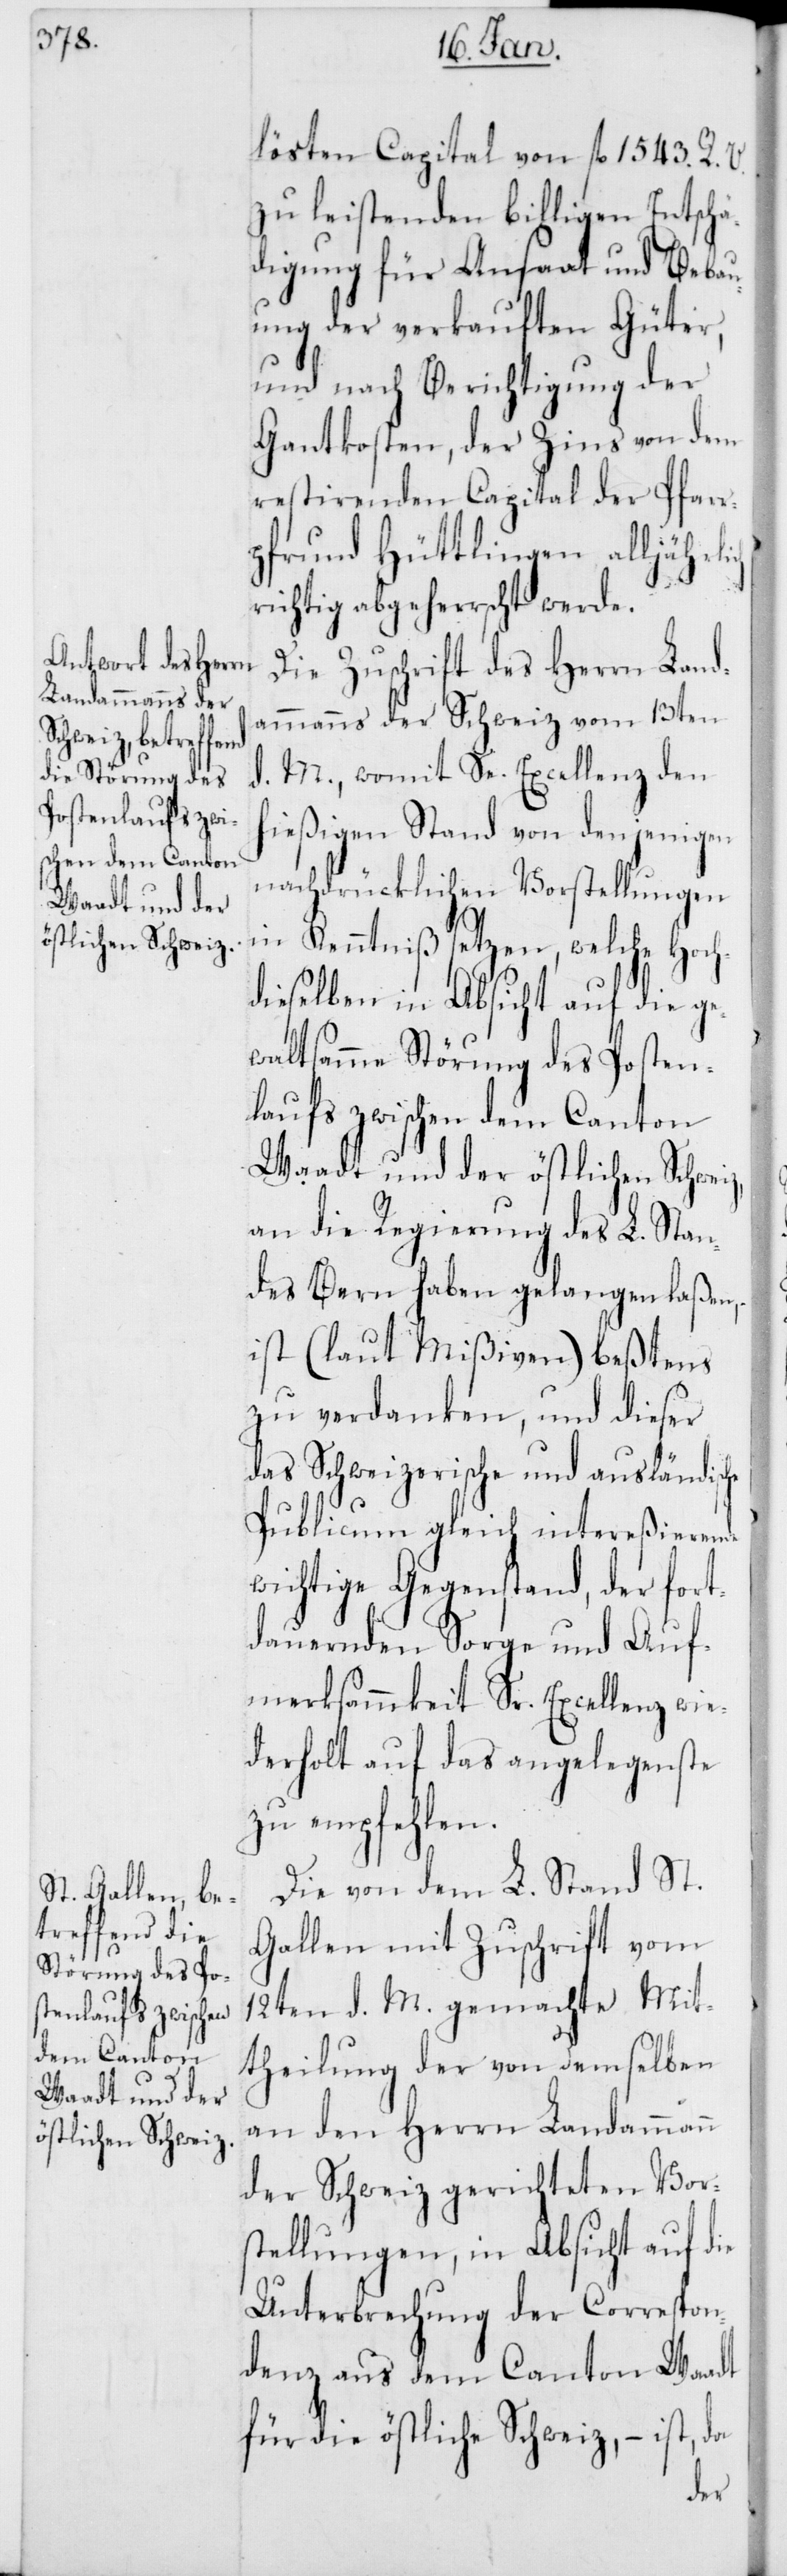
Waadt und der
östlichen Schweiz,

lösten Capital von fl. 1543. R. V.
zu leistenden billigen Entschä¬
digung für Ansaat und Bebau¬
ung der verkauften Güter,
und nach Berichtigung der
Gantkosten, der Zins von dem
restierenden Capital der Pfarr¬
pfrund Hüttlingen alljährlich
richtig abgeherrscht werde.
Die Zuschrift des Herrn Land¬
ammanns der Schweiz vom 13ten
d. M., womit Se. Excellenz den
hießigen Stand von denjenigen
nachdrücklichen Vorstellungen
in Kenntniß setzen, welche Hoch¬
dieselben in Absicht auf die ge¬
waltsame Störung des Posten¬
laufs zwischen dem Canton
an die Regierung des L. Stan¬
des Bern haben gelangen laßen,
ist (laut Mißiven) beßtens
zu verdanken, und dieser
das Schweizerische und ausländische
Publicum gleich intereßierende
wichtige Gegenstand, der fort¬
dauernden Sorge und Auf¬
merksammkeit Sr. Excellenz wie¬
derholt auf das angelegenste
zu empfehlen.
Die von dem L. Stand St.
Gallen mit Zuschrift vom
12ten d. M. gemachte Mit¬
theilung der von demselben
an den Herrn Landammann
der Schweiz gerichteten Vor¬
stellungen, in Absicht auf die
Unterbrechung der Correspon¬
denz aus dem Canton Waadt
für die östliche Schweiz, – ist, da